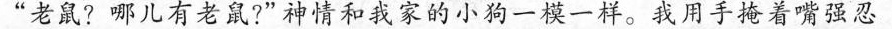
”老鼠?哪儿有老鼠?”神情和我家的小狗一模一样。我用手掩着嘴强忍